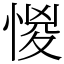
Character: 惾